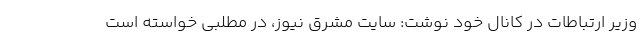
وزیر ارتباطات در کانال خود نوشت: سایت مشرق نیوز، در مطلبی خواسته است